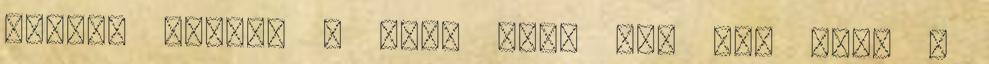
melyik legyen a név. Erre nem jók ezek a